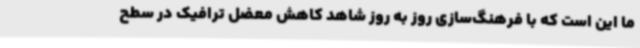
ما این است که با فرهنگ‌سازی روز به روز شاهد کاهش معضل ترافیک در سطح